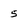
Character: 5